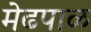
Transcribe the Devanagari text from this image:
मेढपाळ